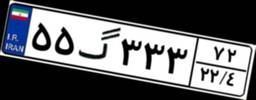
۹۸گ۵۷۱۰۰